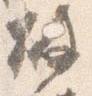
破